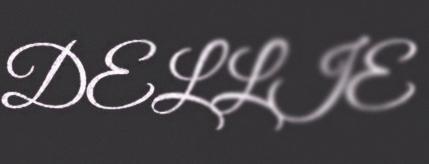
DELLIE